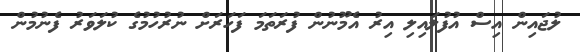
ލުޖައިން އިސް އުފުލައިލި އިރު އެމޫނުން ފުރަތަމަ ފަހަރަށް ނުރުހުމުގެ ކުލަވަރު ފެނުމުން